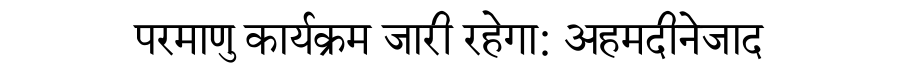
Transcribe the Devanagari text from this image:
परमाणु कार्यक्रम जारी रहेगा: अहमदीनेजाद